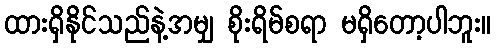
ထားရှိနိုင်သည်နဲ့အမျှ စိုးရိမ်စရာ မရှိတော့ပါဘူး။